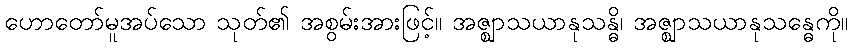
ဟောတော်မူအပ်သော သုတ်၏ အစွမ်းအားဖြင့်။ အဇ္ဈာသယာနုသန္ဓိ၊ အဇ္ဈာသယာနုသန္ဓေကို။